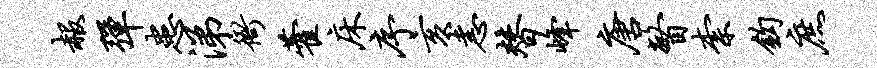
赧弹患涕衙藿床序亥恚替峰唐瞥柰钩庶